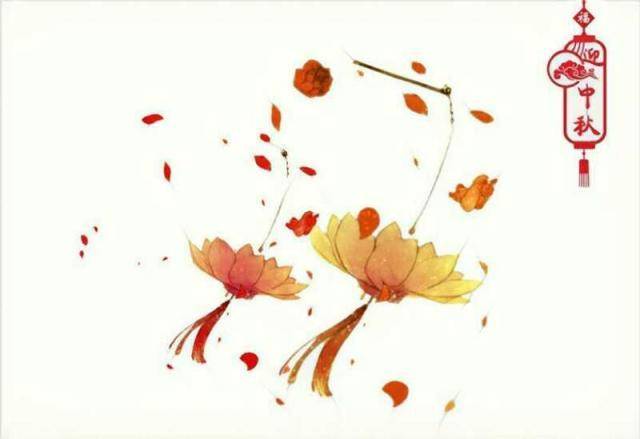
是别有人间，那边才见，光影东头。